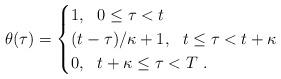
LaTeX: \begin{align*} \theta(\tau) = \begin{cases}1, \ \ 0 \leq \tau < t \\(t-\tau)/\kappa + 1, \ \ t \leq \tau < t + \kappa \\0, \ \ t+\kappa \leq \tau < T \ .\end{cases} \end{align*}